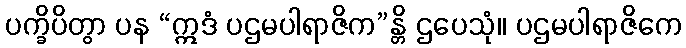
ပက္ခိပိတွာ ပန “ဣဒံ ပဌမပါရာဇိက”န္တိ ဌပေသုံ။ ပဌမပါရာဇိကေ